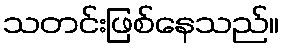
သတင်းဖြစ်နေသည်။